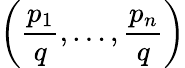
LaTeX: \left({\frac{p_{1}}{q}},\ldots,{\frac{p_{n}}{q}}\right)